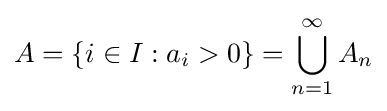
A=\left\{i\in I:a_{i}>0\right\}=\bigcup _{n=1}^{\infty }A_{n}